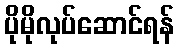
ပိုမိုလုပ်ဆောင်ရန်